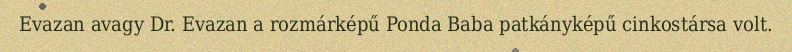
Evazan avagy Dr. Evazan a rozmárképű Ponda Baba patkányképű cinkostársa volt.